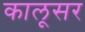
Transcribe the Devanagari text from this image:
कालूसर